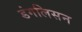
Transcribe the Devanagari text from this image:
डंगलिसन